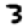
Digit: 3